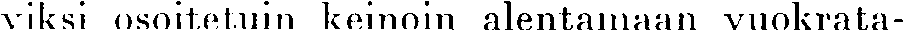
viksi osoitetuin keinoin alentamaan vuokrata-